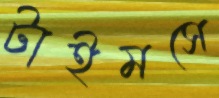
টাইমসে